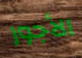
الأجور